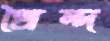
মৈন্দ